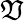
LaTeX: \mathfrak{V}